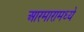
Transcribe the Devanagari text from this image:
आरमारामध्ये